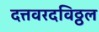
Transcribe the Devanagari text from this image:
दत्तवरदविठ्ठल